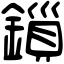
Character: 鎻